Calcutta medical institutions reports 1892-1900
Year: 1892
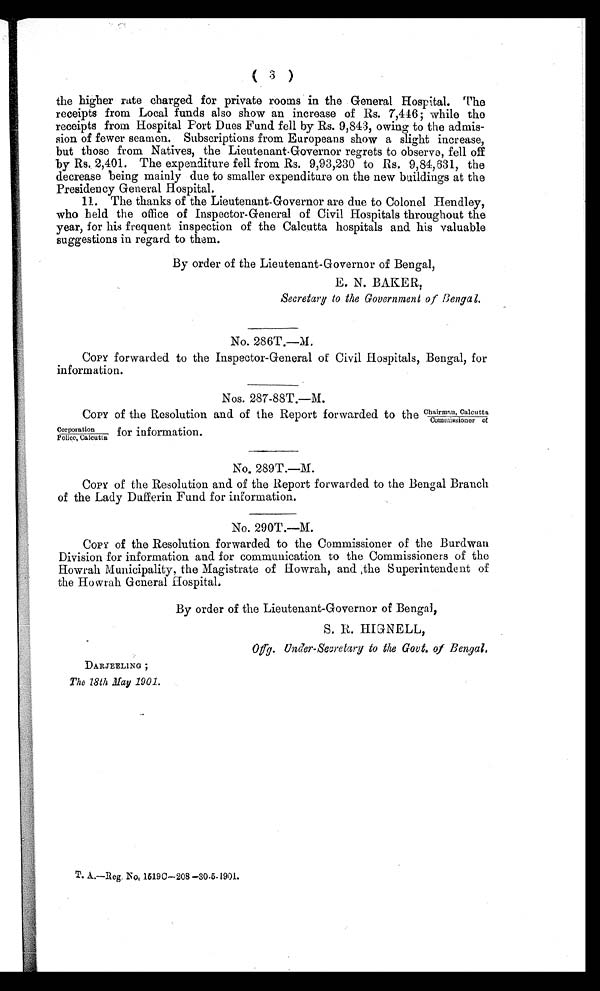
( 3 )
the higher rate charged for private rooms in the General Hospital. The
receipts from Local funds also show an increase of Rs. 7,446; while the
receipts from Hospital Port Dues Fund fell by Rs. 9,843, owing to the admis
-sion of fewer seamen. Subscriptions from Europeans show a slight increase,
but those from Natives, the Lieutenant-Governor regrets to observe, fell off
by Rs. 2,401. The expenditure fell from Rs. 9,93,230 to Rs. 9,84,631, the
decrease being mainly due to smaller expenditure on the new buildings at the
Presidency General Hospital.
11. The thanks of the Lieutenant-Governor are due to Colonel Hendley,
who held the office of Inspector-General of Civil Hospitals throughout the
year, for his frequent inspection of the Calcutta hospitals and his valuable
suggestions in regard to them.
By order of the Lieutenant-Governor of Bengal,
E. N. BAKER,
Secretary to the Government of Bengal.
No. 286T.—M.
COPY forwarded to the Inspector-General of Civil Hospitals, Bengal, for
information.
Nos. 287-88T.—M.
COPY of the Resolution and of the Report forwarded to the Chairman, Calcutta
Commissioner of
Corporation for information.
Police, Calcutta
No. 289T.—M.
COPY of the Resolution and of the Report forwarded to the Bengal Branch
of the Lady Dufferin Fund for information.
No. 290T.—M.
COPY of the Resolution forwarded to the Commissioner of the Burdwan
Division for information and for communication to the Commissioners of the
Howrah Municipality, the Magistrate of Howrah, and the Superintendent of
the Howrah General Hospital.
By order of the Lieutenant-Governor of Bengal,
S. R. HIGNELL,
Offg. Under-Secretary to the Govt. of Bengal.
DARJEELING ;
The 18th May 1901.
T. A.—Reg. No. 1519C—208 —30-5-1901.